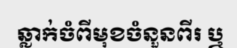
ឆ្លាក់ចំពីមុខចំនួនពីរ ឬ